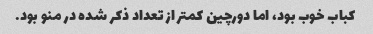
کباب خوب بود، اما دورچین کمتر از تعداد ذکر شده در منو بود.